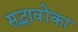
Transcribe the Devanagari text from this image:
सद्भावोंका